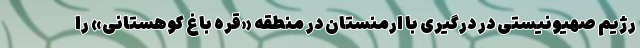
رژیم صهیونیستی در درگیری با ارمنستان در منطقه «قره باغ کوهستانی» را